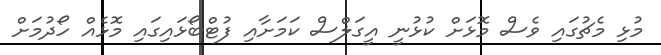
މުޅި މެޗުގައި ވެސް މޮޅަށް ކުޅުނީ އީގަލްސް ކަމަށާއި ފުޓްބޯޅައިގައި މޮޅެއް ހޯދުމަށް